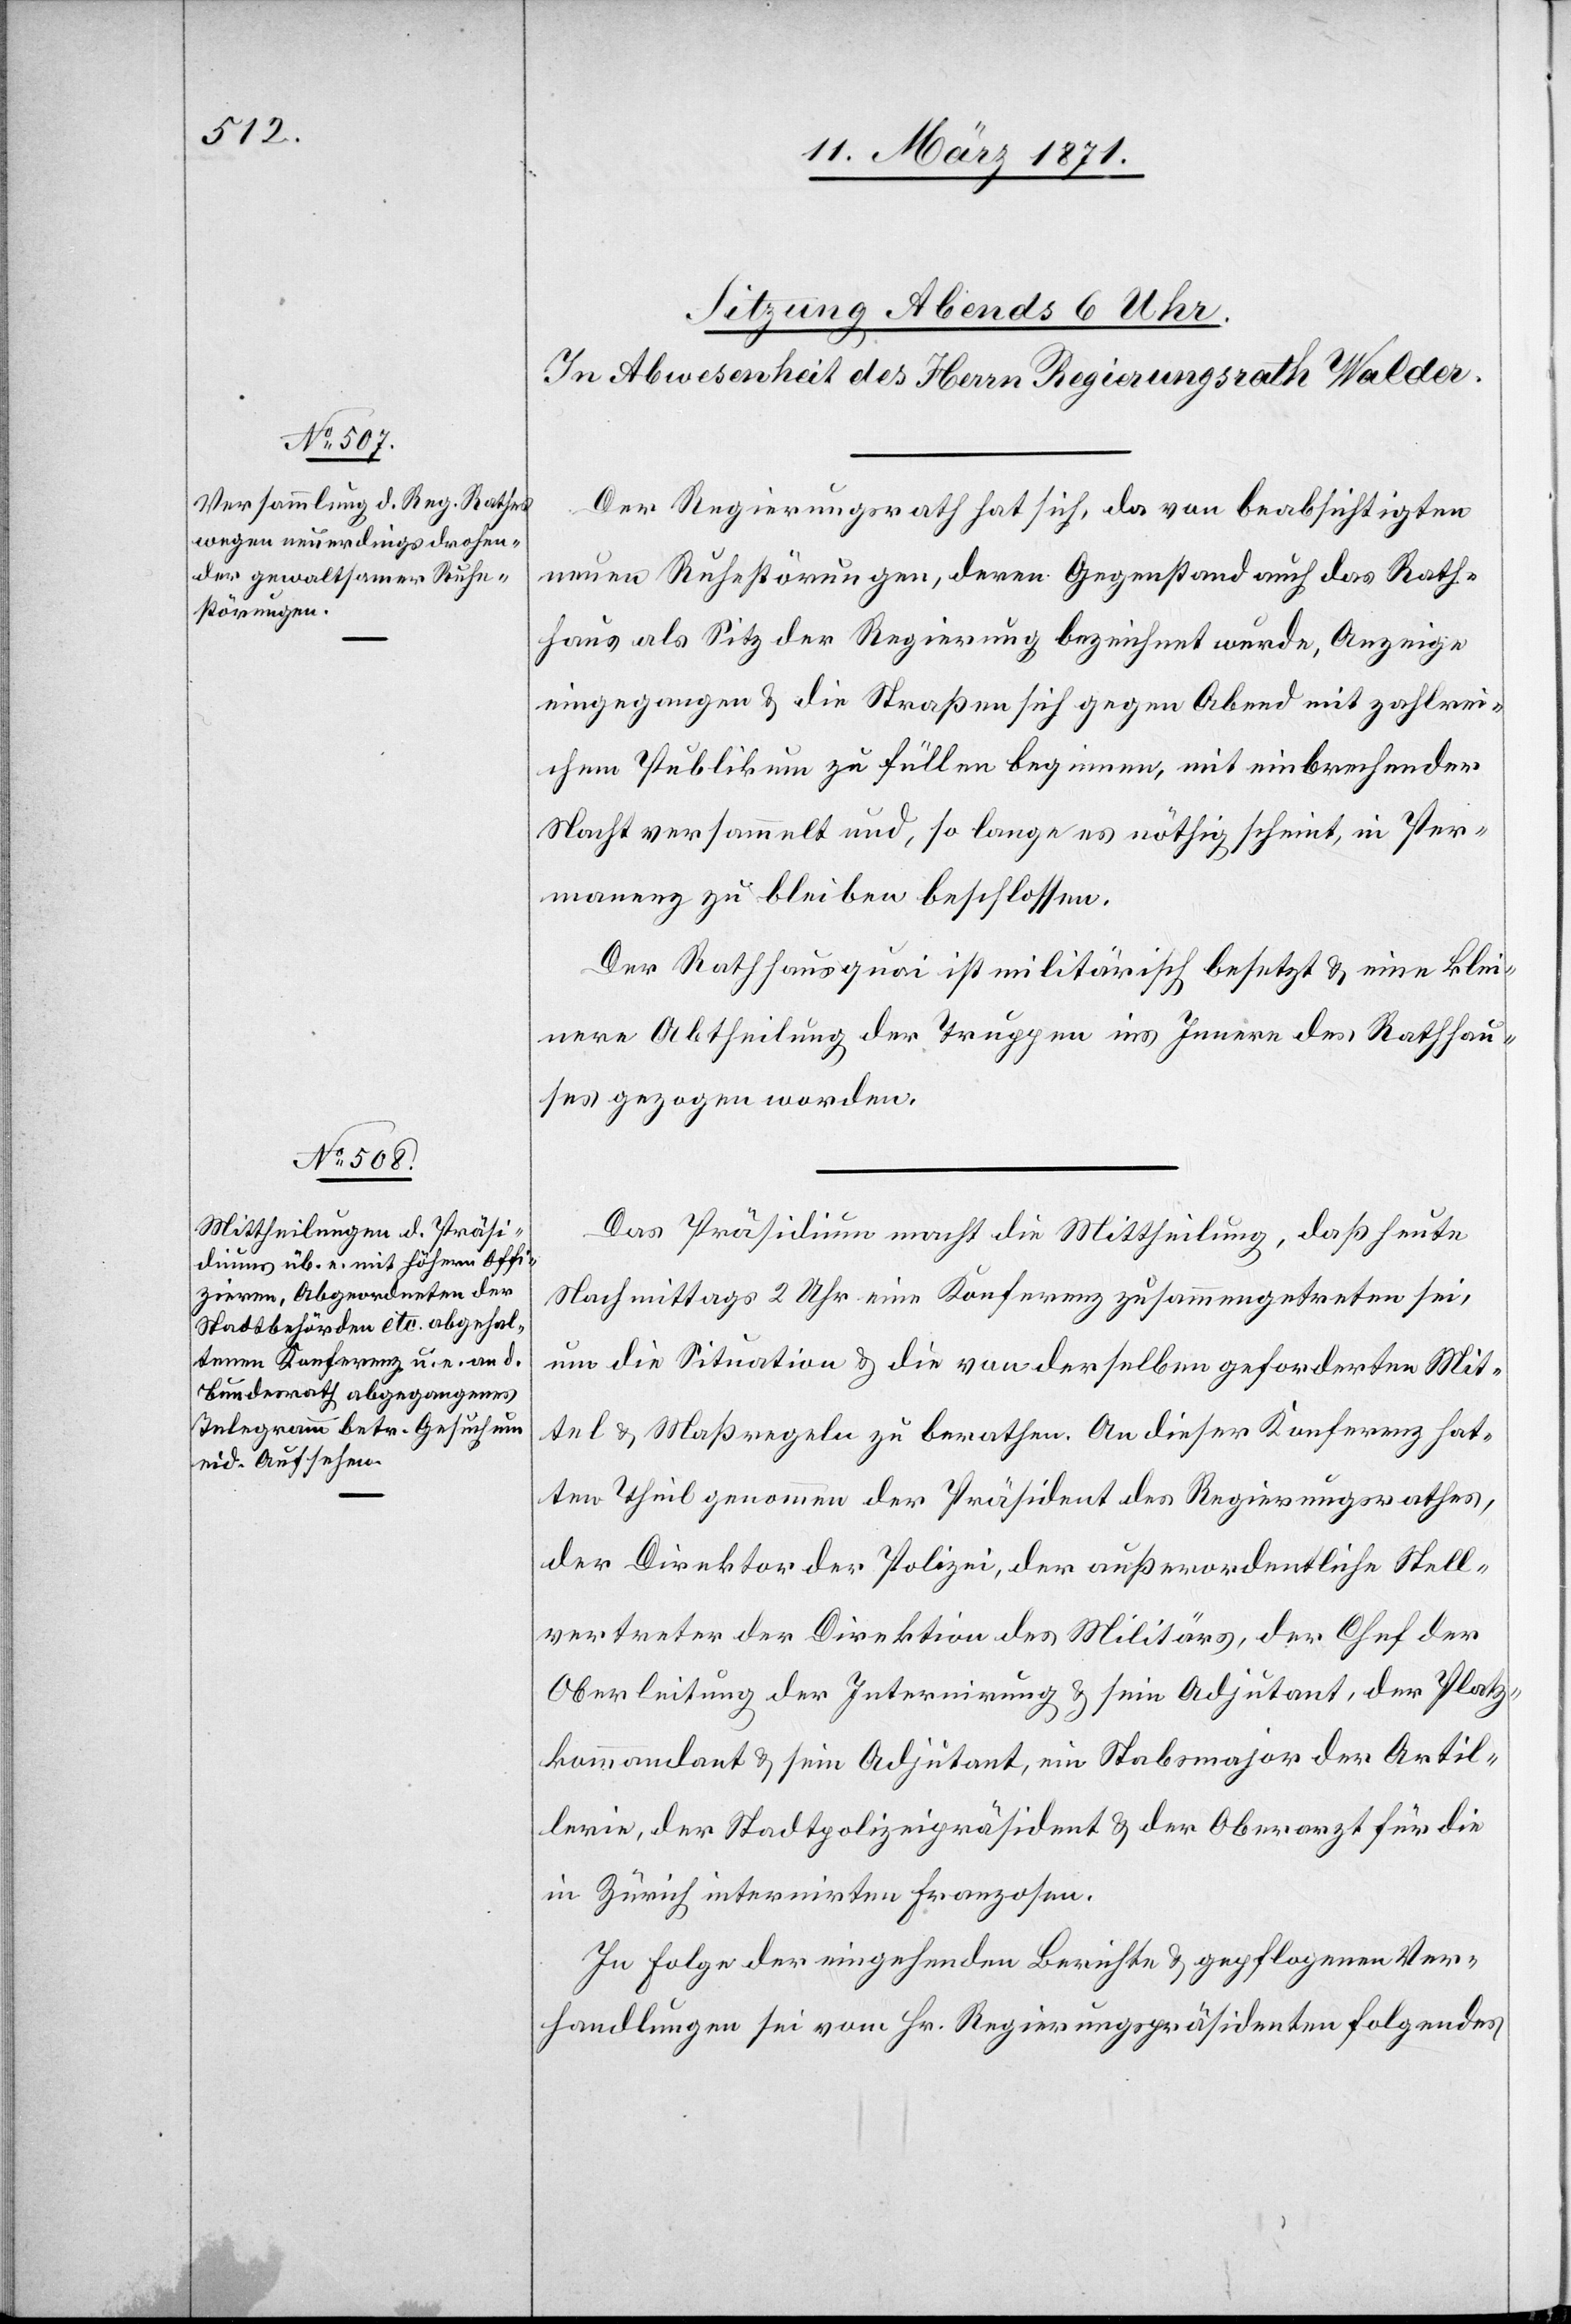
Der Regierungsrath hat sich, da von beabsichtigten
neuen Ruhestörungen, deren Gegenstand auch das Rath¬
haus als Sitz der Regierung bezeichnet wurde, Anzeige
eingegangen u. die Straßen sich gegen Abend mit zahlrei¬
chem Publikum zu füllen beginnen, mit einbrechender
Nacht versammelt und, so lange es nöthig scheint, in Per¬
manenz zu bleiben beschlossen.
Der Rathhausquai ist militärisch besetzt u. eine klei¬
nere Abtheilung der Truppen ins Innere des Rathhau¬
ses gezogen worden.
Das Präsidium macht die Mittheilung, daß heute
Nachmittags 2 Uhr eine Konferenz zusammengetreten sei,
um die Situation u. die von derselben geforderten Mit¬
tel u. Maßregeln zu berathen. An dieser Konferenz hat¬
ten Theil genommen der Präsident des Regierungsrathes,
der Direktor der Polizei, der außerordentliche Stell¬
vertreter der Direktion des Militärs, der Chef der
Oberleitung der Internirung u. sein Adjutant, der Platz¬
kommandant u. sein Adjutant, ein Stabsmajor der Artil¬
lerie, der Stadtpolizeipräsident u. der Oberarzt für die
in Zürich internirten Franzosen.
In Folge der eingehenden Berichte u. gepflogenen Ver¬
handlungen sei vom Hr. Regierungspräsidenten folgendes